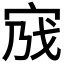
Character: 𡧿